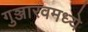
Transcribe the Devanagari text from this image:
गुञ्जारवमध्ये